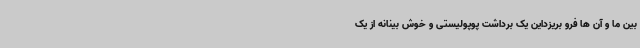
بین ما و آن ها فرو بریزداین یک برداشت پوپولیستی و خوش بینانه از یک